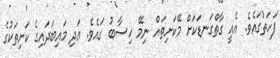
ފަހަތުގައެވެ. އެއީ ގާތްގަނޑަކަށް މޭކަށިތައް ނިމޭ ހިސާބު ގައެވެ. އަދި މައިބަދައިގެ ކަށިތަކުގެ